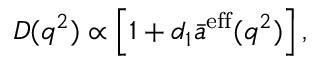
D ( q ^ { 2 } ) \propto \left[ 1 + d _ { 1 } \bar { a } ^ { \mathrm { e f f } } ( q ^ { 2 } ) \right] ,